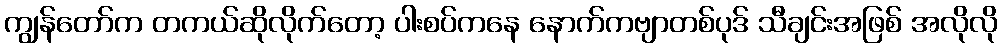
ကျွန်တော်က တကယ်ဆိုလိုက်တော့ ပါးစပ်ကနေ နောက်ကဗျာတစ်ပုဒ် သီချင်းအဖြစ် အလိုလို